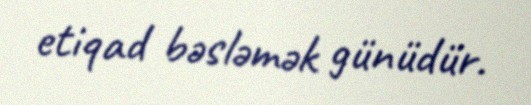
etiqad bəsləmək günüdür.